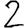
Digit: 2